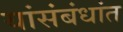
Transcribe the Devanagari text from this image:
यांसंबंधांत